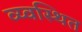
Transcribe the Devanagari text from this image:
व्य्वस्थित